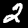
Label: 2